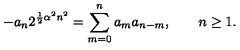
- a _ { n } 2 ^ { { \frac { 1 } { 2 } } \alpha ^ { 2 } n ^ { 2 } } = \sum _ { m = 0 } ^ { n } a _ { m } a _ { n - m } , \qquad n \geq 1 .